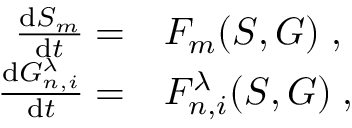
\begin{array} { r l } { \frac { \mathrm { d } S _ { m } } { \mathrm { d } t } = } & { { } F _ { m } ( \boldsymbol { S } , \boldsymbol { G } ) \; , } \\ { \frac { \mathrm { d } G _ { n , i } ^ { \lambda } } { \mathrm { d } t } = } & { { } F _ { n , i } ^ { \lambda } ( \boldsymbol { S } , \boldsymbol { G } ) \; , } \end{array}